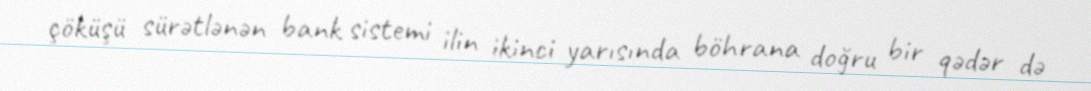
çöküşü sürətlənən bank sistemi ilin ikinci yarısında böhrana doğru bir qədər də